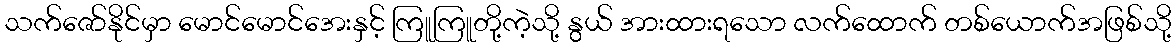
သက်ဇော်နိုင်မှာ မောင်မောင်အေးနှင့် ကြူကြူတို့ကဲ့သို့ နွယ် အားထားရသော လက်ထောက် တစ်ယောက်အဖြစ်သို့